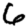
Digit: 6